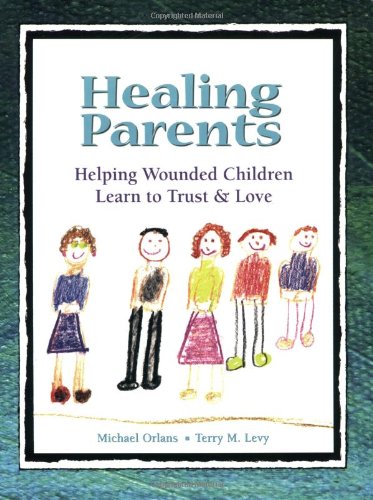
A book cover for Healing Parents: Helping Wounded Children Learn to Trust & Love; Michael Orlans; Parenting & Relationships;